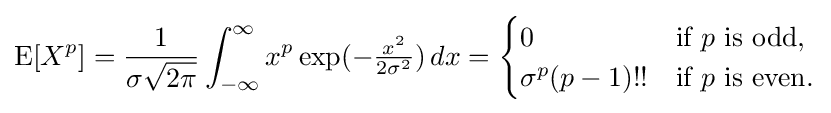
\operatorname {E} [X^{p}]={\frac {1}{\sigma {\sqrt {2\pi }}}}\int _{-\infty }^{\infty }x^{p}\exp(-{\tfrac {x^{2}}{2\sigma ^{2}}})\,dx={\begin{cases}0&{\text{if }}p{\text{ is odd,}}\\\sigma ^{p}(p-1)!!&{\text{if }}p{\text{ is even.}}\end{cases}}